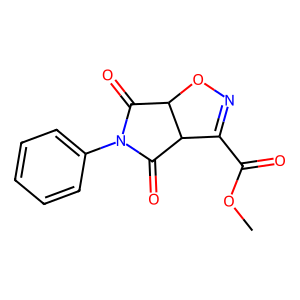
SMILES: COC(=O)C1=NOC2C(=O)N(c3ccccc3)C(=O)C12
Inhibits HIV replication: No